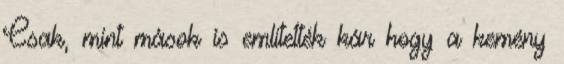
Csak, mint mások is említették kár hogy a kemény